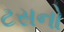
ટસનો